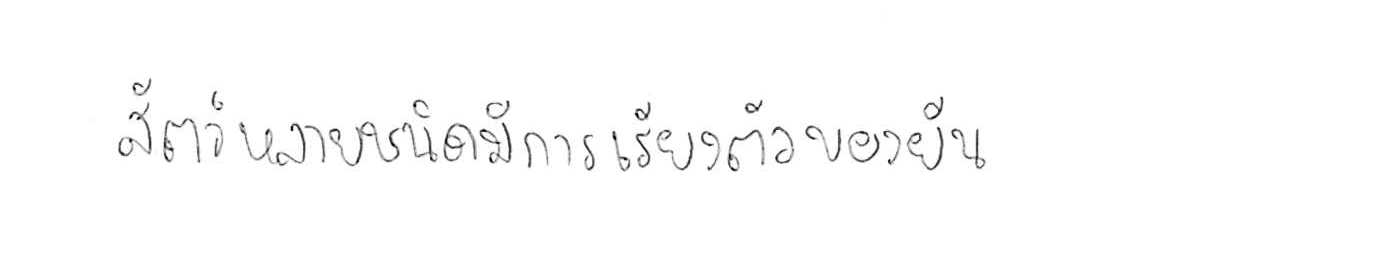
สัตว์หลายชนิดมีการเรียงตัวของยีน